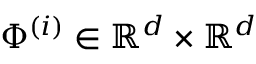
\Phi ^ { ( i ) } \in \mathbb { R } ^ { d } \times \mathbb { R } ^ { d }